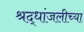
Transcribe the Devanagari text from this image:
श्रद्धांजलीच्या